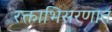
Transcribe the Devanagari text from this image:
रक्ताभिसरणात